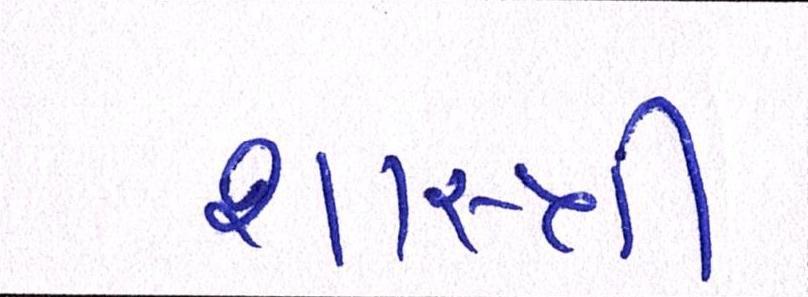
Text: શાસ્ત્રી